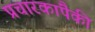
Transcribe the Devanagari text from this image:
प्रचारकांपैकी